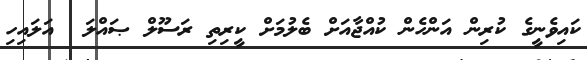
ކައިވެނީގެ ކުރިން އަންހެން ކުއްޖާއަށް ބެލުމަށް ކީރިތި ރަސޫލް ޞައްލަ  އަލައިހި